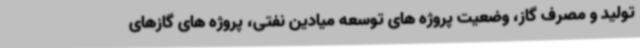
تولید و مصرف گاز، وضعیت پروژه های توسعه میادین نفتی، پروژه های گازهای